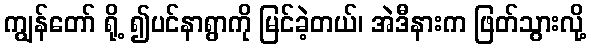
ကျွန်တော် ရို့ ၍ပင်နာရွာကို မြင်ခဲ့တယ်၊ အဲဒီနားက ဖြတ်သွားလို့